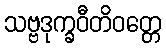
သဗ္ဗဒုက္ခဝီတိဝတ္တေ